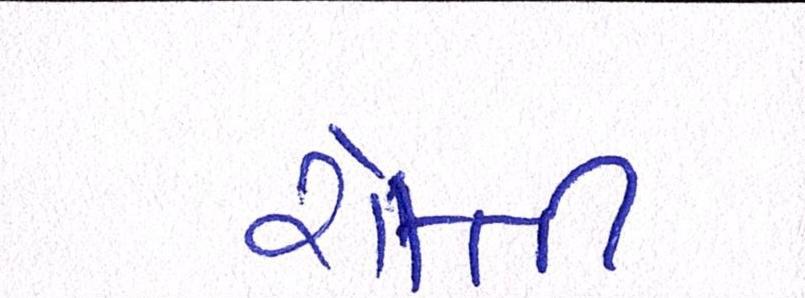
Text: રોકતી